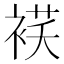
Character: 𰴁